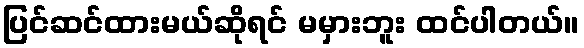
ပြင်ဆင်ထားမယ်ဆိုရင် မမှားဘူး ထင်ပါတယ်။